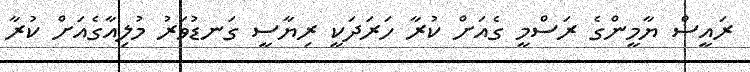
ރައީސް ޔާމީންގެ ރަސްމީ ގެއަށް ކުރާ ހަރަދަކީ ރިޔާސީ ގަނޑުވަރު މުލިއާގެއަށް ކުރާ